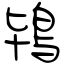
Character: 鴇